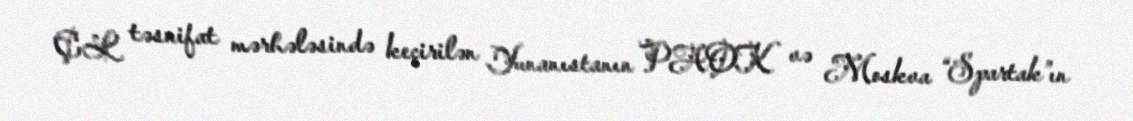
ÇL təsnifat mərhələsində keçirilən Yunanıstanın PAOK və Moskva “Spartak”ın